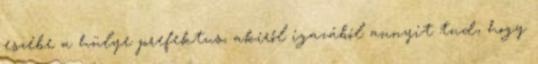
eszébe a hülye prefektus, akiről igazából annyit tud, hogy